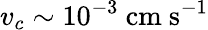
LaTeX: v_{c}\sim 10^{-3}\ \mathrm{cm\ s^{-1}}